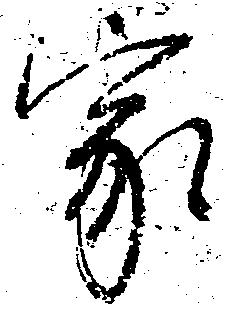
家